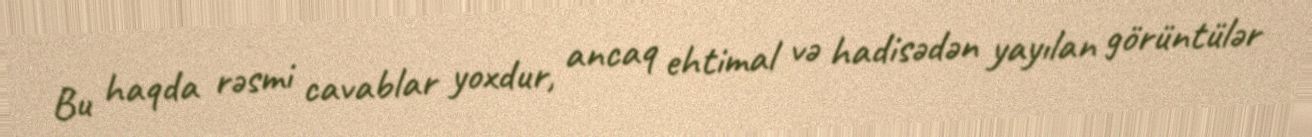
Bu haqda rəsmi cavablar yoxdur, ancaq ehtimal və hadisədən yayılan görüntülər